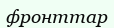
фронттар